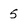
Character: 5